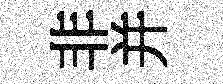
非并